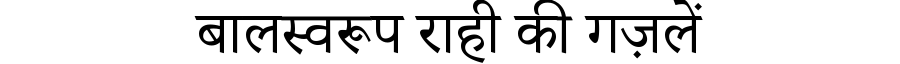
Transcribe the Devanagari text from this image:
बालस्वरूप राही की गज़लें